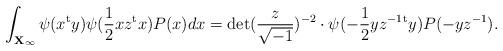
LaTeX: \begin{align*} \int_{{\mathbf X}_\infty} \psi(x{}^{\rm t}y)\psi(\frac{1}{2}xz{}^{\rm t}x) P(x) dx = {\rm det} (\frac{z}{\sqrt{-1}})^{-2} \cdot \psi(-\frac{1}{2}yz^{-1}{}^{\rm t}y) P(-yz^{-1}). \end{align*}